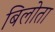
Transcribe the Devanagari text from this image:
बिलोता